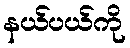
နယ်ပယ်ကို